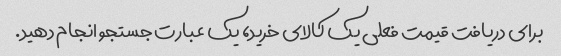
برای دریافت قیمت فعلی یک کالای خرید، یک عبارت جستجو انجام دهید.